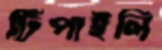
টিপাইলি